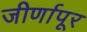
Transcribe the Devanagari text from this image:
जीर्णापूर